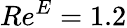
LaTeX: Re^{E}=1.2